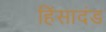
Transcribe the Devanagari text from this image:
हिंसादंड